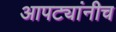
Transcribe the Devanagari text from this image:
आपट्यांनीच